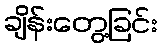
ချိန်းတွေ့ခြင်း